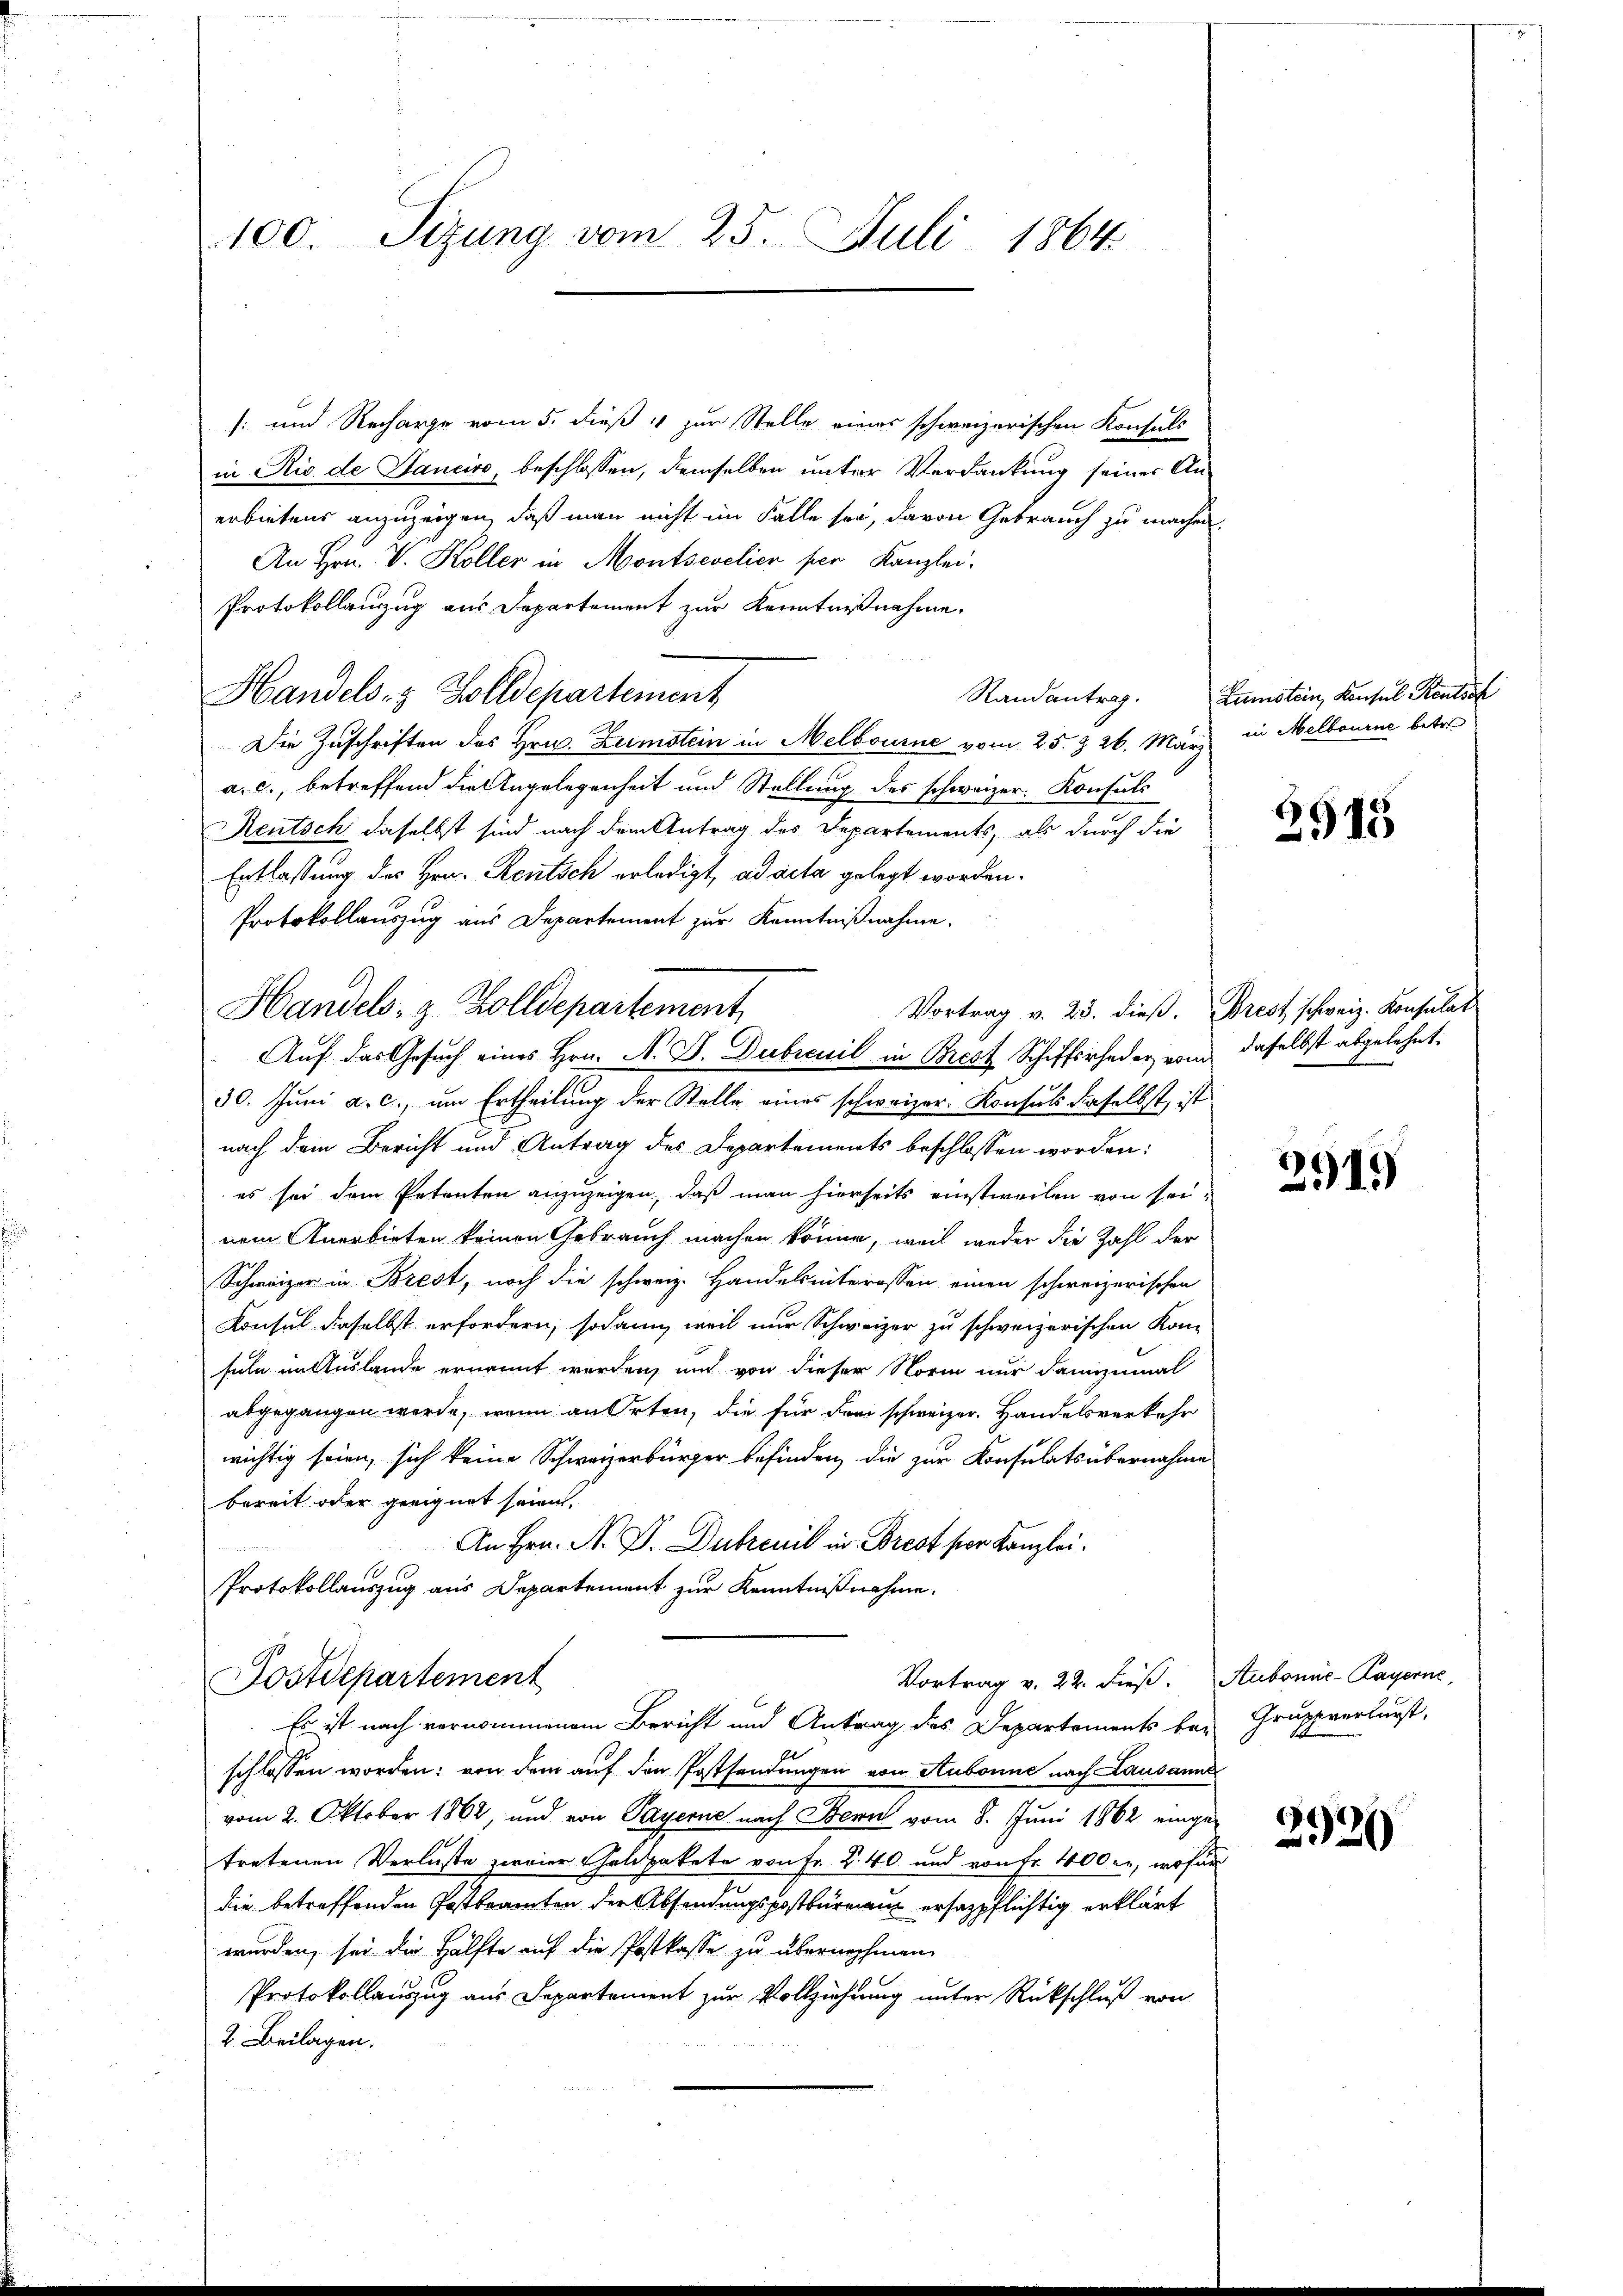
100. Sizung vom 25. Juli 1864.

s: und Recharge vom 5. dieß 1 zur Stelle eines schweizerischen Konsuls
in Rio de Jaucivo, beschlossen, demselben unter Verdankung seiner An-
erbietens anzuzeigen, daß man nicht im Falle sei, davon Gebrauch zu machen.
An Hrn. V. Koller in Montsevelier per Kanzlei,
Protokollanzug aus Departement zur Kenntnißnahme.
Handels- & Zolldepartement
Die Zuschriften des Hrn. Zumstein in Melbourne vom 25. & 26. März in Melbourne betre
a. c., betreffend die Angelegenheit und Stellung des schweizer. Konsuls
Rentsch daselbst sind nach dem Antrag des Departements, als durch die
Entlassung des Hrn. Rentsch erledigt, ad acta gelegt worden.
Protokollauszug aus Departement zur Kenntnißnahme.
Vortrag v. 23. dieß. Brest schweiz. Konsulat
30. Juni a. c., um Ertheilung der Stelle eines schweizer. Konsuls daselbst, ist
nach dem Bericht und Antrag des Departements beschlossen worden:
es sei dem Petenten anzuzeigen, daß man hierseits einstweilen von seinem Anerbieten keinen Gebrauch machen könne, weil weder die Zahl der
Schweizer in Brest, noch die schweiz. Handelsinteressen einen schweizerischen
Konsul daselbst erfordern, sodann, weil nur Schweizer zu schweizerischen Kon-
seln in Auslande ernannt worden, und von dieser Norm nur dannzumal
abgegangen werde, wenn an Orten, die für drei schweizer. Handelsverkehr
wichtig seien, sich keine Schweizerbürger befinden, die zur Konsulats übernahme
bereit oder geeignet seien.
An Hrn. N. D. Dubrenil in Brest ser Kanzlei.
Protokollauszug aus Departement zur Kenntnißnahme.
Vortrag v. 22. dieß. Aubonne-Payerne,
Postdepartement
Es ist nach vernommenem Bericht und Antrag des Departements bey Gruppverlurst,
schlossen worden: von dem auf den Postsendungen von Aubonne nach Lausanne
vom 2. Oktober 1862, und von Payerne nach Bern vom 8. Juni 1862 einge-
tretenen Verluste zweier Calipakete von Fr. 2. 40 und von Fr. 400 l., wofür
die betreffenden Postbramten der Absendungspostbüreau ersatzpflichtig erklärt
wurden, sei die Hälfte auf die Postkasse zu übernehmen
Protokollanzug aus Departement zur Vollziehung unter Rückschluß von
2. Beilagen.

Handels- & Zolldepartement
Auf das Gesuch eines Hrn. N. D. Dubrenil in Brest Schiffsrheder vom daselbst abgelehnt.

Randantrag. Zumstein, Konsul Rentsch

2915

2919

2920